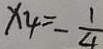
x _ { 4 } = - \frac { 1 } { 4 }